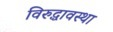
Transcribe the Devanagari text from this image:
विरुद्धावस्था